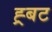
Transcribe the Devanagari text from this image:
ह्र्बट